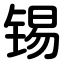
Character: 锡